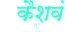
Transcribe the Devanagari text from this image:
कैशवं